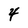
Character: 4